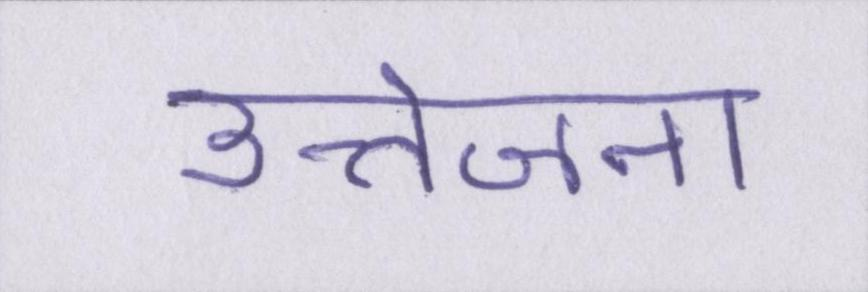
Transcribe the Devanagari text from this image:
उत्तेजना